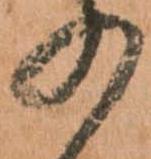
の